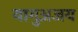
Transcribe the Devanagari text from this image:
यागुअजय